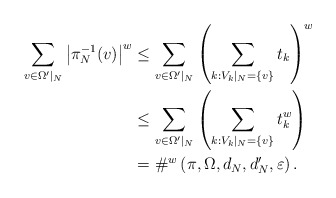
\begin{align*} \sum_{v\in \Omega^\prime|_N} \left|\pi_N^{-1}(v)\right|^w & \leq \sum_{v\in \Omega^\prime|_N} \left(\sum_{k: V_k|_N = \{v\}} t_k\right)^w \\ & \leq \sum_{v\in \Omega^\prime|_N} \left( \sum_{k: V_k|_N = \{v\}} t_k^w\right) \\ &= \#^w\left(\pi, \Omega, d_N,d^\prime_N, \varepsilon\right).\end{align*}